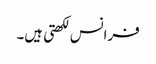
فرانس لکھتی ہیں۔